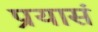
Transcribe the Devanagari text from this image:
प्रयासं